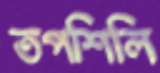
তপশিলি